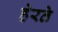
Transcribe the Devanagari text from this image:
हेरते